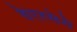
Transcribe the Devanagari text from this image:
हेएरसेये